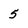
Character: 5